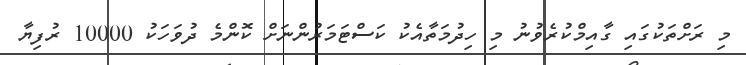
މި ރަށްތަކުގައި ގާއިމްކުރެވުނު މި ހިދުމަތާއެކު ކަސްޓަމަރުންނަށް ކޮންމެ ދުވަހަކު 10000 ރުފިޔާ